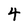
Character: 4